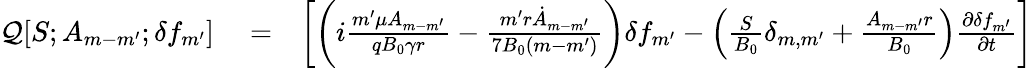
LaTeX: \begin{array}{rlr}{\mathcal{Q}[S;A_{m-m^{\prime}};\delta f_{m^{\prime}}]}&{{}=}&{\left[\left(i\frac{m^{\prime}\mu A_{m-m^{\prime}}}{qB_{0}\gamma r}-\frac{m^{\prime}r\dot{A}_{m-m^{\prime}}}{7B_{0}(m-m^{\prime})}\right)\delta f_{m^{\prime}}-\left(\frac{S}{B_{0}}\delta_{m,m^{\prime}}+\frac{A_{m-m^{\prime}}r}{B_{0}}\right)\frac{\partial\delta f_{m^{\prime}}}{\partial t}\right]}\end{array}